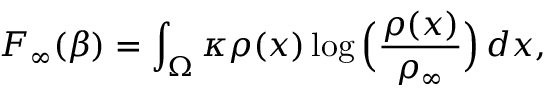
F _ { \infty } ( \beta ) = \int _ { \Omega } \kappa \rho ( x ) \log \Big ( \frac { \rho ( x ) } { \rho _ { \infty } } \Big ) \, d x ,